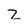
Character: Z